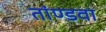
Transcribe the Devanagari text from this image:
तांण्डवा